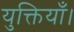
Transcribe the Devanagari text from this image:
युक्तियाँ।